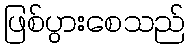
ဖြစ်ပွားစေသည်